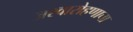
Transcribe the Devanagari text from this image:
अश्वारोहणाचा